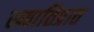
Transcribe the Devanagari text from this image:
ख्यातिप्रात